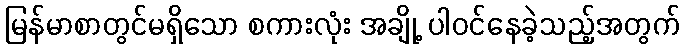
မြန်မာစာတွင်မရှိသော စကားလုံး အချို့ ပါဝင်နေခဲ့သည့်အတွက်